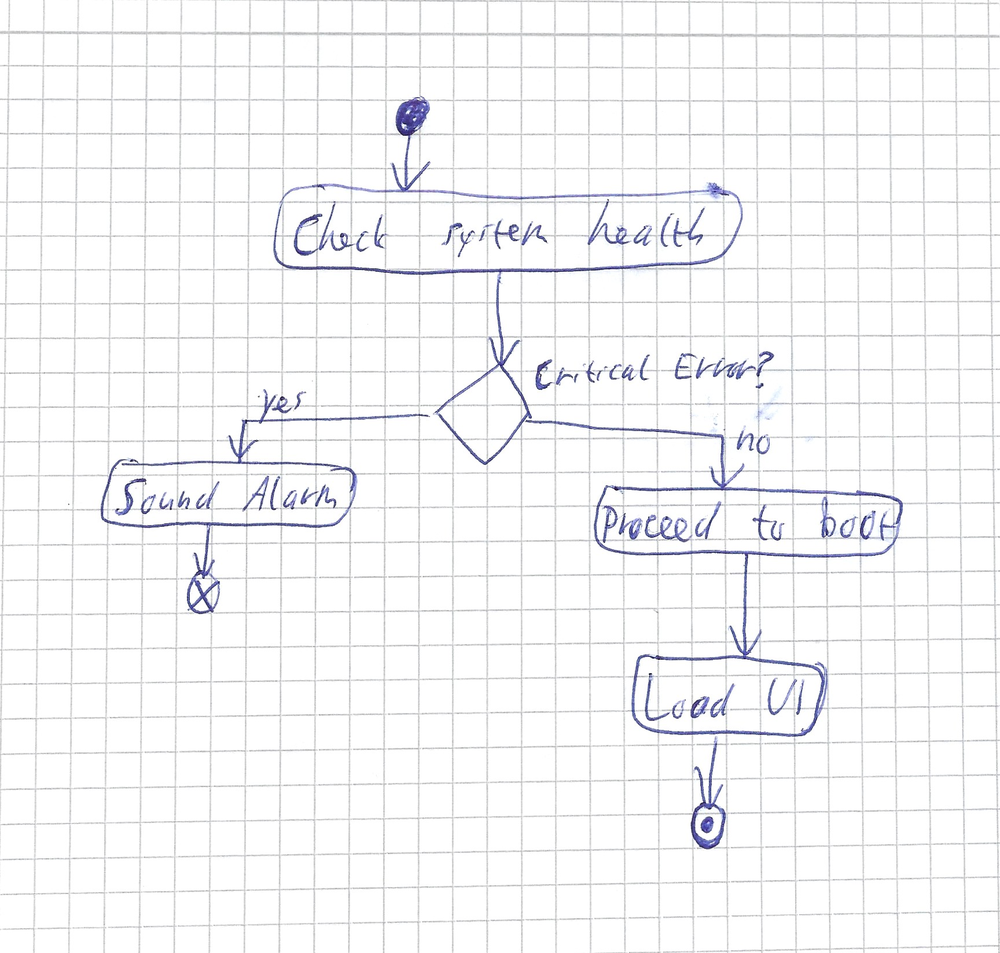
Diagram type: activity_diagram
```plantuml
@startuml

start
:Check system health;
if (Critical Error?) then (yes)
  :Sound Alarm;
  end
else (no)
  :Proceed to boot;
endif
:Load UI;
stop

@enduml
```